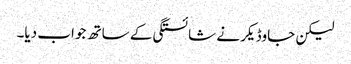
لیکن جاوڈیکر نے شائستگی کے ساتھ جواب دیا۔